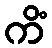
ကိံ